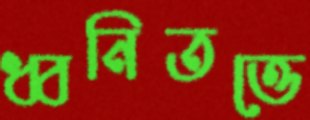
ধ্বনিতত্তে